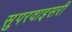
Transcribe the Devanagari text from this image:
सुपरवाइसरी